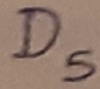
Text: D5